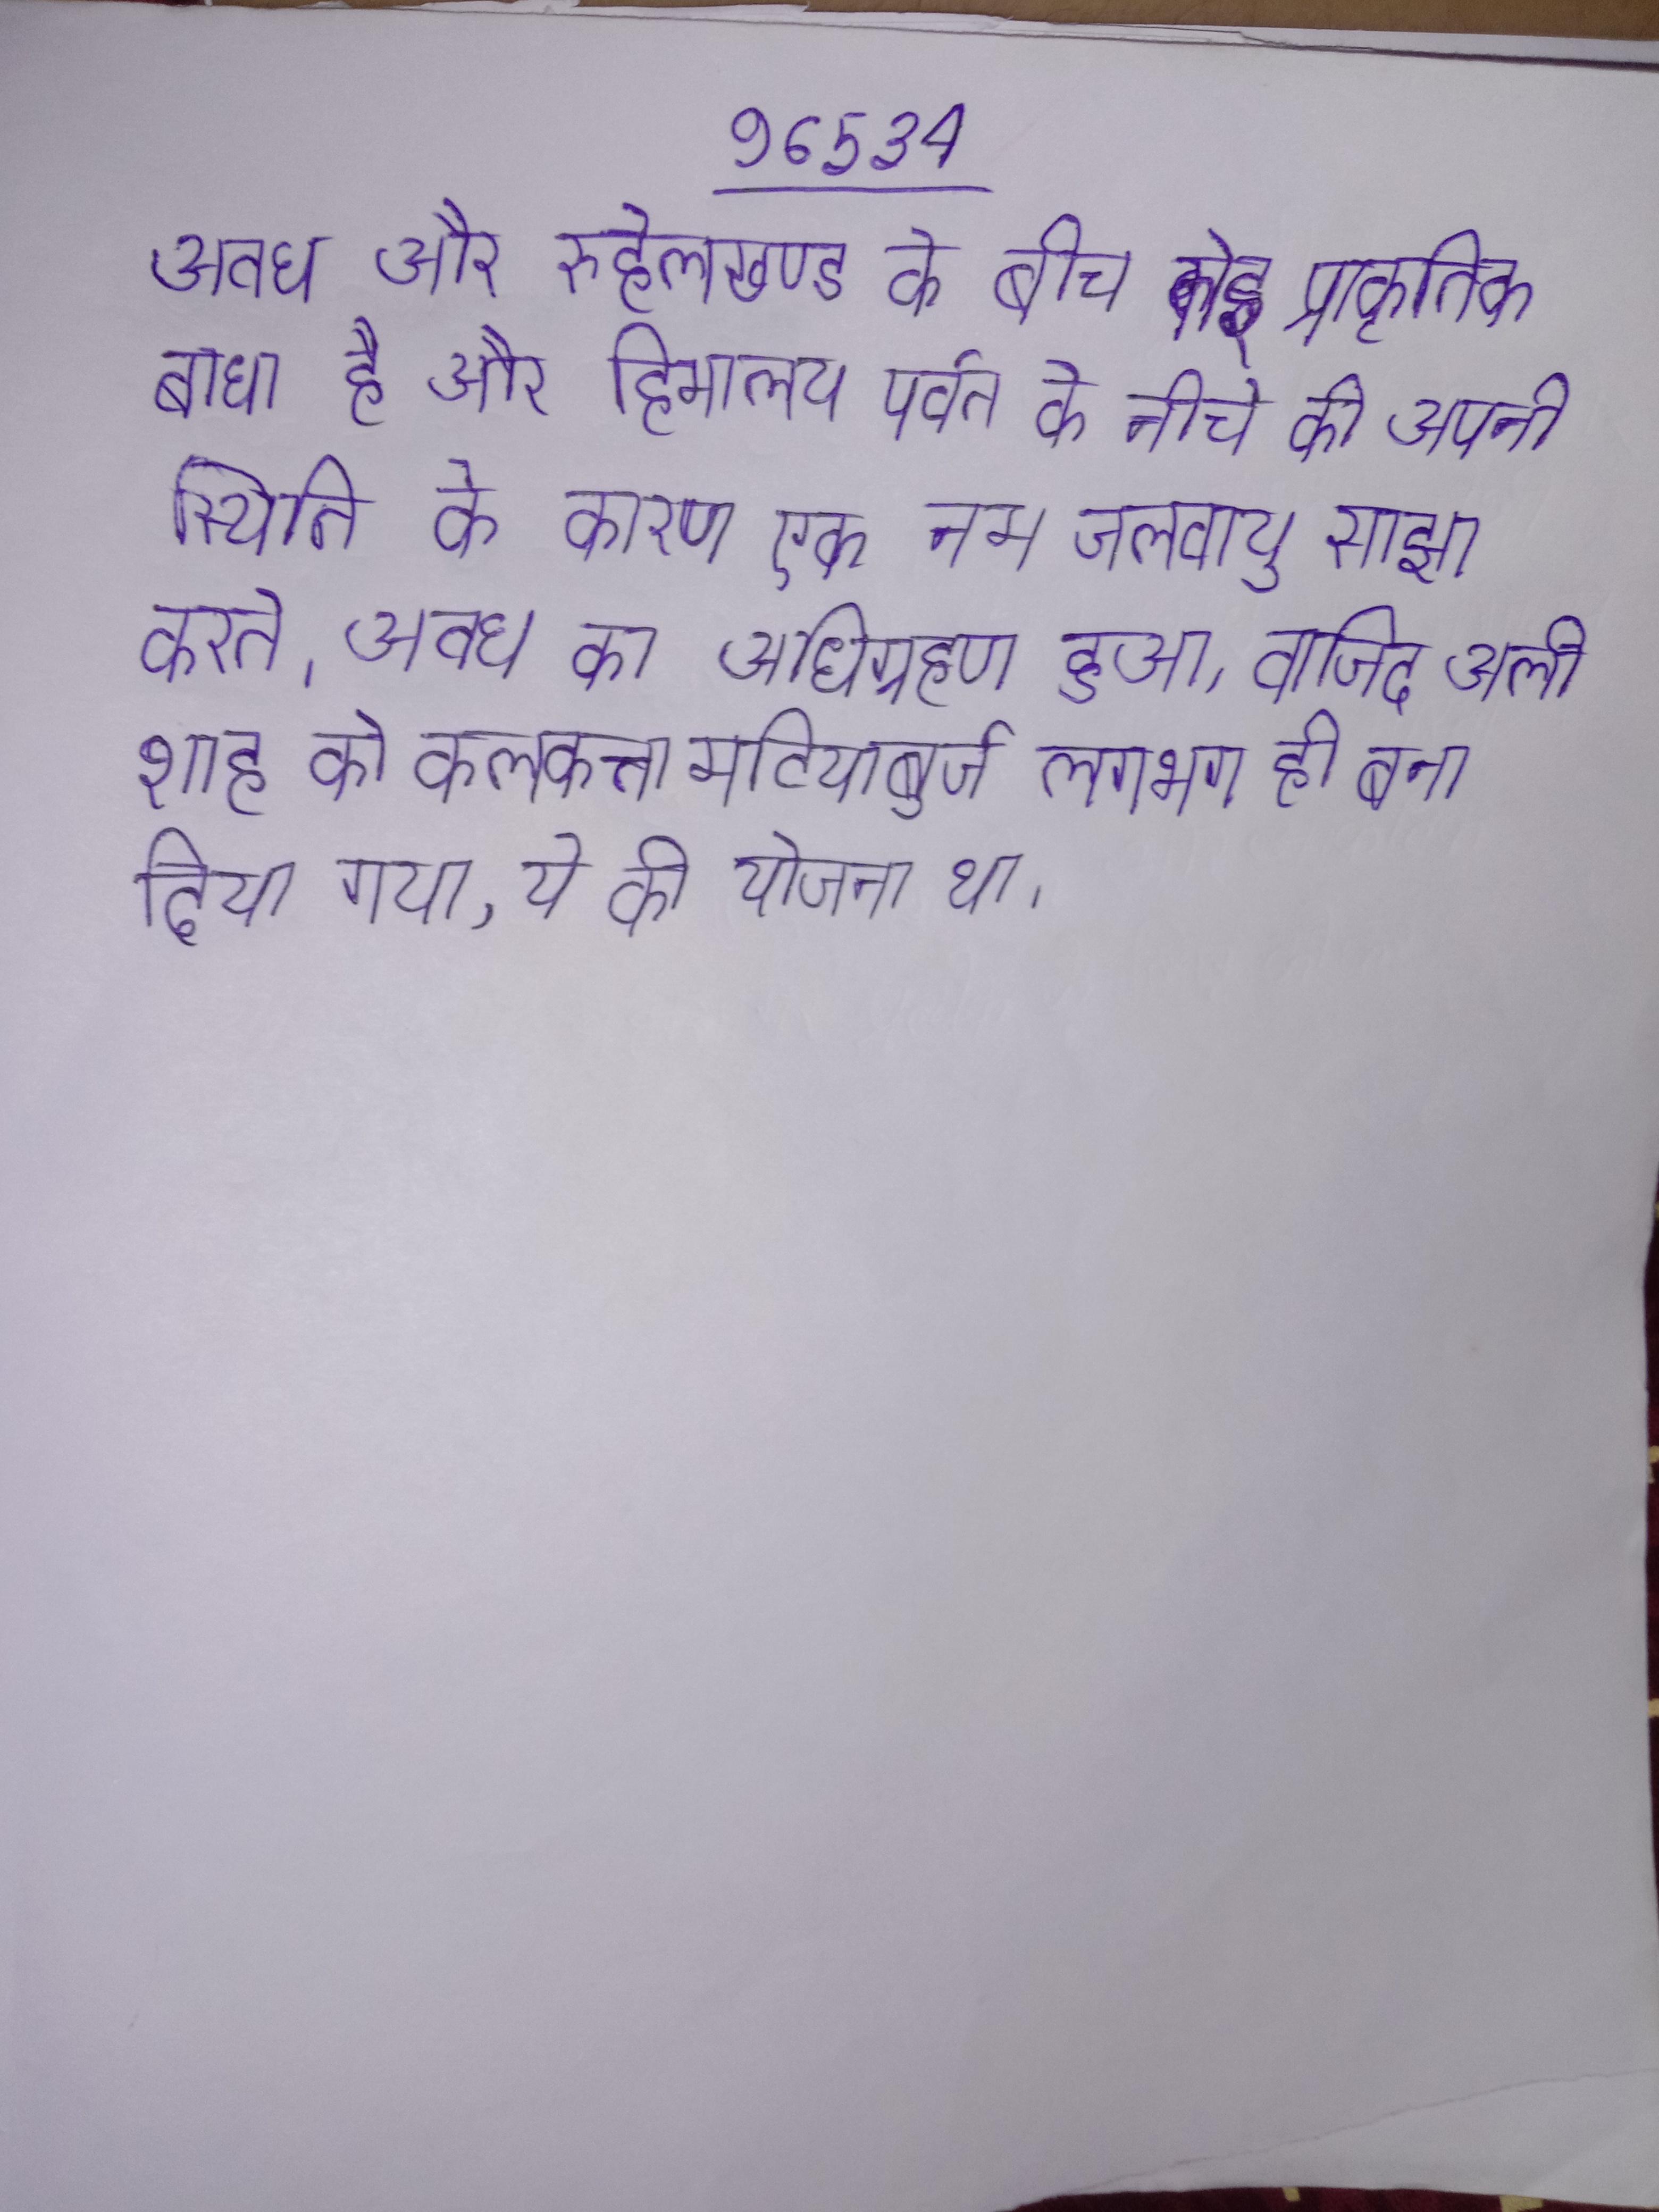
अवध और रुहेलखण्ड के बीच कोई प्राकृतिक बाधा है और हिमालय पर्वत के नीचे की अपनी स्थिति के कारण एक नम जलवायु साझा करते । अवध का अधिग्रहण हुआ, वाजिद अली शाह को कलकत्ता मटियाबुर्ज लगभग ही बना दिया गया, ये की योजना था ।